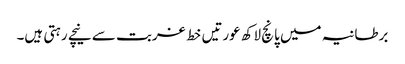
برطانیہ میں پانچ لاکھ عورتیں خط غربت سے نیچے رہتی ہیں۔